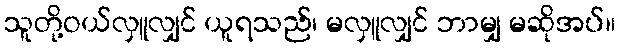
သူတို့ဝယ်လှူလျှင် ယူရသည်၊ မလှူလျှင် ဘာမျှ မဆိုအပ်။